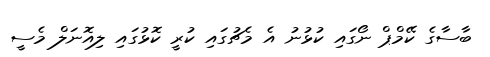
ބާސާގެ ކޭމްޕް ނޯގައި ކުޅުނު އެ މެޗުގައި ކުރީ ކޮޅުގައި ލިއޮނަލް މެސީ